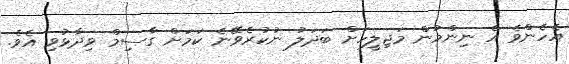
އެހެންވެ އެ ނިންމުން މަޖިލީހަށް ބަދަލު ނުކުރެވޭނެ ކަމަށް ގާސިމް ވިދާޅުވި އެވެ.